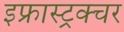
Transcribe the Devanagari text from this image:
इफ्रास्ट्रक्चर